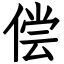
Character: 偿